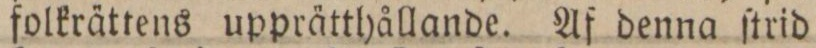
folkrättens upprätthållande. Af denna ſtrid